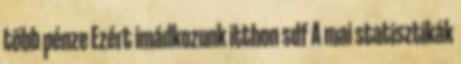
több pénze Ezért imádkozunk itthon sdf A mai statisztikák